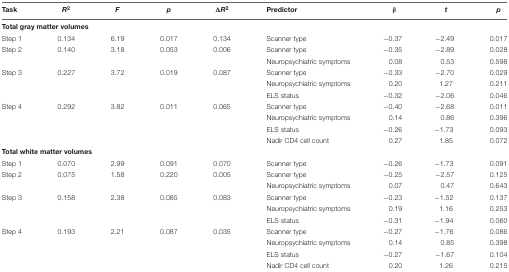
<table><thead><tr><td><b>Task</b></td><td><b><i>R</i><sup>2</sup></b></td><td><b><i>F</i></b></td><td><b><i>p</i></b></td><td><b>Δ<i>R</i><sup>2</sup></b></td><td><b>Predictor</b></td><td><b>β</b></td><td><b><i>t</i></b></td><td><b><i>p</i></b></td></tr></thead><tbody><tr><td colspan="6"><b>Total gray matter volumes</b></td></tr><tr><td>Step 1</td><td>0.134</td><td>6.19</td><td>0.017</td><td>0.134</td><td>Scanner type</td><td>–0.37</td><td>–2.49</td><td>0.017</td></tr><tr><td>Step 2</td><td>0.140</td><td>3.18</td><td>0.053</td><td>0.006</td><td>Scanner type</td><td>–0.35</td><td>–2.89</td><td>0.028</td></tr><tr><td></td><td></td><td></td><td></td><td></td><td>Neuropsychiatric symptoms</td><td>0.08</td><td>0.53</td><td>0.598</td></tr><tr><td>Step 3</td><td>0.227</td><td>3.72</td><td>0.019</td><td>0.087</td><td>Scanner type</td><td>–0.33</td><td>–2.70</td><td>0.029</td></tr><tr><td></td><td></td><td></td><td></td><td></td><td>Neuropsychiatric symptoms</td><td>0.20</td><td>1.27</td><td>0.211</td></tr><tr><td></td><td></td><td></td><td></td><td></td><td>ELS status</td><td>–0.32</td><td>–2.06</td><td>0.046</td></tr><tr><td>Step 4</td><td>0.292</td><td>3.82</td><td>0.011</td><td>0.065</td><td>Scanner type</td><td>–0.40</td><td>–2.68</td><td>0.011</td></tr><tr><td></td><td></td><td></td><td></td><td></td><td>Neuropsychiatric symptoms</td><td>0.14</td><td>0.86</td><td>0.396</td></tr><tr><td></td><td></td><td></td><td></td><td></td><td>ELS status</td><td>–0.26</td><td>–1.73</td><td>0.093</td></tr><tr><td></td><td></td><td></td><td></td><td></td><td>Nadir CD4 cell count</td><td>0.27</td><td>1.85</td><td>0.072</td></tr><tr><td colspan="6"><b>Total white matter volumes</b></td></tr><tr><td>Step 1</td><td>0.070</td><td>2.99</td><td>0.091</td><td>0.070</td><td>Scanner type</td><td>–0.26</td><td>–1.73</td><td>0.091</td></tr><tr><td>Step 2</td><td>0.075</td><td>1.58</td><td>0.220</td><td>0.005</td><td>Scanner type</td><td>–0.25</td><td>–2.57</td><td>0.125</td></tr><tr><td></td><td></td><td></td><td></td><td></td><td>Neuropsychiatric symptoms</td><td>0.07</td><td>0.47</td><td>0.643</td></tr><tr><td>Step 3</td><td>0.158</td><td>2.38</td><td>0.085</td><td>0.083</td><td>Scanner type</td><td>–0.23</td><td>–1.52</td><td>0.137</td></tr><tr><td></td><td></td><td></td><td></td><td></td><td>Neuropsychiatric symptoms</td><td>0.19</td><td>1.16</td><td>0.253</td></tr><tr><td></td><td></td><td></td><td></td><td></td><td>ELS status</td><td>–0.31</td><td>–1.94</td><td>0.060</td></tr><tr><td>Step 4</td><td>0.193</td><td>2.21</td><td>0.087</td><td>0.035</td><td>Scanner type</td><td>–0.27</td><td>–1.76</td><td>0.086</td></tr><tr><td></td><td></td><td></td><td></td><td></td><td>Neuropsychiatric symptoms</td><td>0.14</td><td>0.85</td><td>0.398</td></tr><tr><td></td><td></td><td></td><td></td><td></td><td>ELS status</td><td>–0.27</td><td>–1.67</td><td>0.104</td></tr><tr><td></td><td></td><td></td><td></td><td></td><td>Nadir CD4 cell count</td><td>0.20</td><td>1.26</td><td>0.215</td></tr></tbody></table>